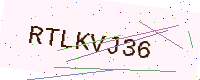
Text: RTLKVJ36